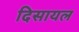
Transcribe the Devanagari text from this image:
दिसायल